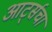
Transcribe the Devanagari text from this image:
आर्ट्सचा